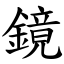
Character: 鏡